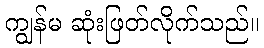
ကျွန်မ ဆုံးဖြတ်လိုက်သည်။